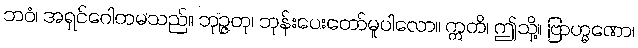
ဘဝံ၊ အရှင်ဂေါတမသည်။ ဘုဉ္ဇတု၊ ဘုန်းပေးတော်မူပါလော။ ဣတိ၊ ဤသို့။ ဗြာဟ္မဏော၊